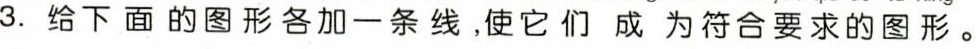
3.给下面的图形各加一条线，使它们成为符合要求的图形。